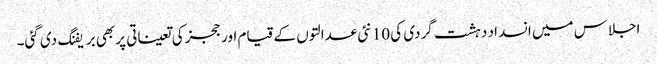
اجلاس میں انسداد دہشت گردی کی 10 نئی عدالتوں کے قیام اور ججز کی تعیناتی پر بھی بریفنگ دی گئی۔